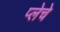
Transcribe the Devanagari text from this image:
प्लेचे